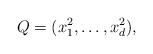
LaTeX: \begin{align*}Q = (x_1^2,\ldots,x_d^2), \end{align*}